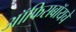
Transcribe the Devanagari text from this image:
ऑफिसबॉयचे